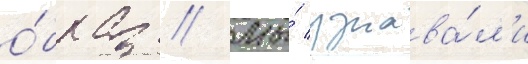
о́браз // Мы́ узнава́л'и